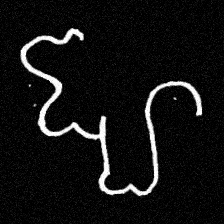
Pyu character \u2014 Myanmar letter: ဈ (romanized: jha)